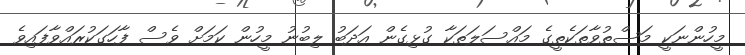
މީހުންނަކީ މަސްތުވާތަކެތީގެ މައްސަލަތަކާ ގުޅިގެން އަދަބު ލިބުނު މީހުން ކަމަށް ވެސް ފާހަގަކުރައްވާފައިވެ